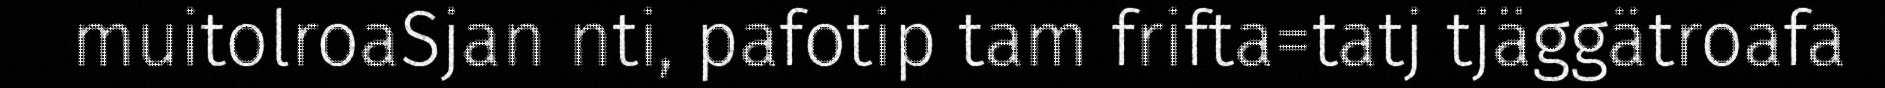
muitolroaSjan nti, pafotip tam frifta=tatj tjäggätroafa